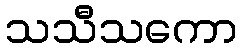
သသီသကော